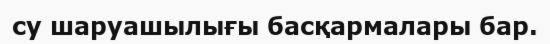
су шаруашылығы басқармалары бар.